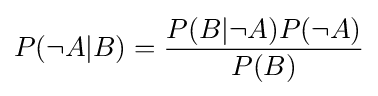
P(\neg A|B)={\frac {P(B|\neg A)P(\neg A)}{P(B)}}